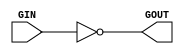
module sminvblock ( GIN, GOUT );
   input  GIN;
   output GOUT;
   assign GOUT = ~ GIN;
endmodule